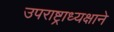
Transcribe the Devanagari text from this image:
उपराष्ट्राध्यक्षाने